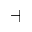
\dashv